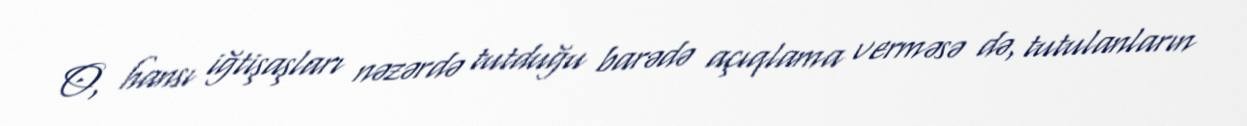
O, hansı iğtişaşları nəzərdə tutduğu barədə açıqlama verməsə də, tutulanların